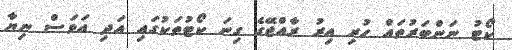
ކޯޓު ނަންބަރުތައް ހުރި އިރު ރާއްޖޭގެ ގިނަ ކޯޓުތަކުގައި އަދި އަވަސް ނިޔާ